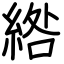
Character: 綹